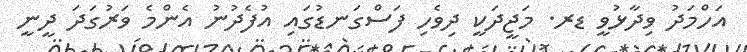
އަހްމަދު ވިދާޅުވީ ޑރ. މަޖީދަކީ ދިވެހި ފަސްގަނޑުގައި އުފެދުނު އެންމެ ވަރުގަދަ ދީނީ